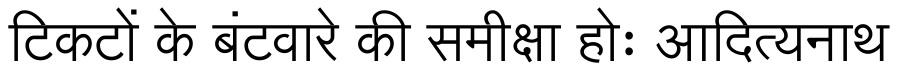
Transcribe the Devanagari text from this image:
टिकटों के बंटवारे की समीक्षा होः आदित्यनाथ